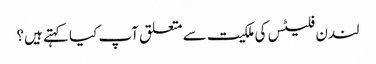
لندن فلیٹس کی ملکیت سے متعلق آپ کیا کہتے ہیں؟